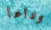
وداعا